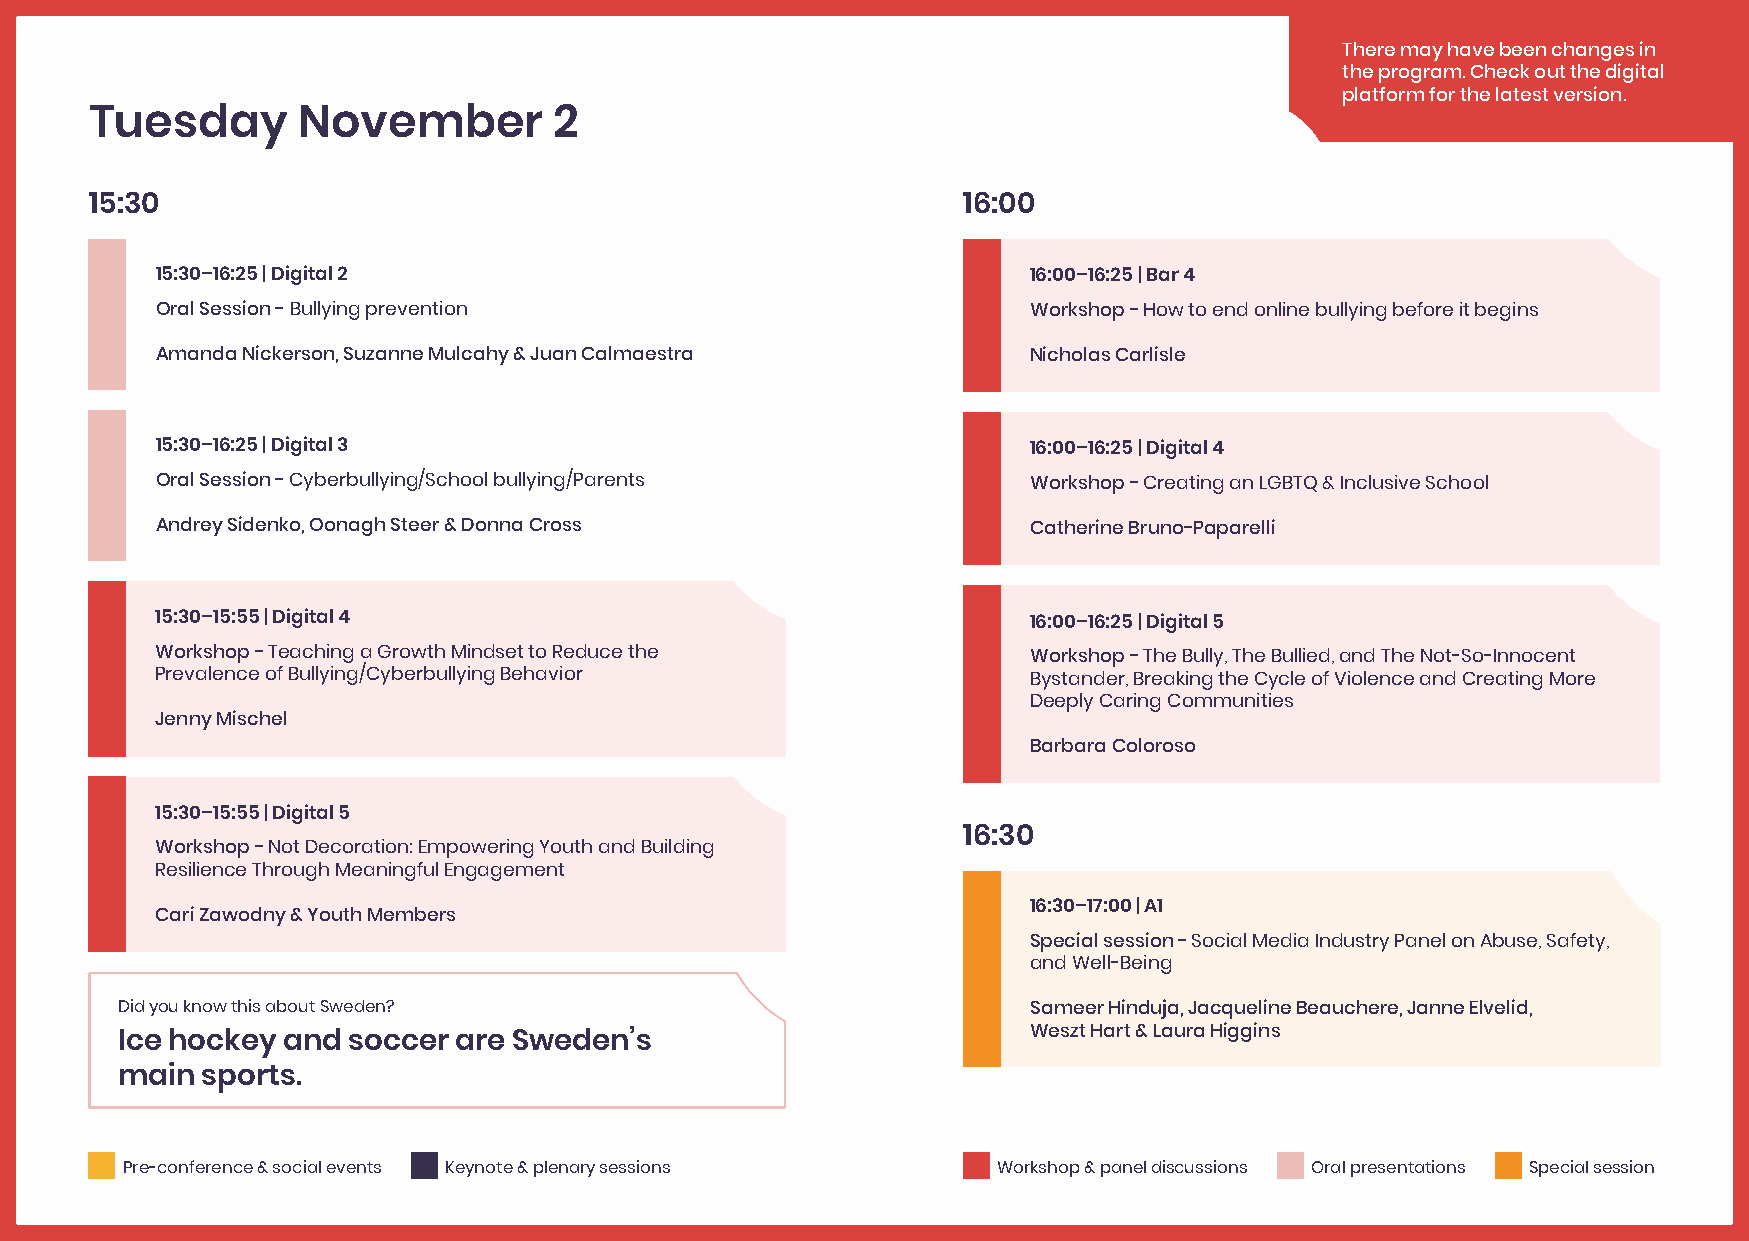
There may have been changes in
 the program. Check out the digital
 platform for the latest version.
 Tuesday       November         2
 15:30                                                     16:00
 15:30–16:25 | Digital 2                                   16:00–16:25 | Bar 4
 Oral Session - Bullying prevention                        Workshop - How to end online bullying before it begins
 Amanda Nickerson, Suzanne Mulcahy & Juan Calmaestra       Nicholas Carlisle
 15:30–16:25 | Digital 3                                   16:00–16:25 | Digital 4
 Oral Session - Cyberbullying/School bullying/Parents      Workshop - Creating an LGBTQ & Inclusive School
 Andrey Sidenko, Oonagh Steer & Donna Cross                Catherine Bruno-Paparelli
 15:30–15:55 | Digital 4                                   16:00–16:25 | Digital 5
 Workshop - Teaching a Growth Mindset to Reduce the        Workshop - The Bully, The Bullied, and The Not-So-Innocent
 Prevalence of Bullying/Cyberbullying Behavior             Bystander, Breaking the Cycle of Violence and Creating More
 Deeply Caring Communities
 Jenny Mischel
 Barbara Coloroso
 15:30–15:55 | Digital 5
 16:30
 Workshop - Not Decoration: Empowering Youth and Building
 Resilience Through Meaningful Engagement
 16:30–17:00 | A1
 Cari Zawodny & Youth Members
 Special session - Social Media Industry Panel on Abuse, Safety,
 and Well-Being
 Did you know this about Sweden?                             Sameer Hinduja, Jacqueline Beauchere, Janne Elvelid,
 Weszt Hart & Laura Higgins
 Ice hockey and soccer are Sweden’s
 main sports.
 Pre-conference & social events Keynote & plenary sessions Workshop & panel discussions Oral presentations Special session